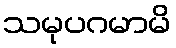
သမုပဂမာမိ